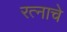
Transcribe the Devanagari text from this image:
रत्नाचे